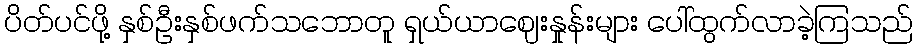
ပိတ်ပင်ဖို့ နှစ်ဦးနှစ်ဖက်သဘောတူ ရှယ်ယာဈေးနှုန်းများ ပေါ်ထွက်လာခဲ့ကြသည်